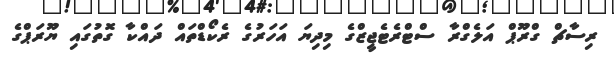
ރިސާޗް ގްރޫޕް އަލެގްރާ ސްޓްރެޓެޖީޒްގެ މިދިޔަ އަހަރުގެ ރެކޯޑްތައް ދައްކާ ގޮތުގައި ޔޫރަޕްގެ